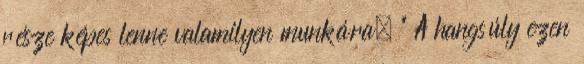
része képes lenne valamilyen munkára. " A hangsúly ezen